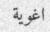
اغوية